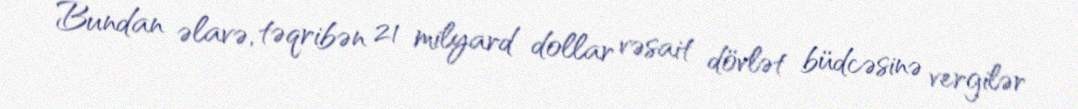
Bundan əlavə, təqribən 21 milyard dollar vəsait dövlət büdcəsinə vergilər